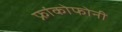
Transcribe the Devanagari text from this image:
फ्रांकोफोनी